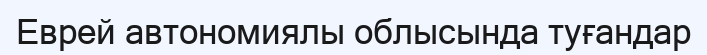
Еврей автономиялы облысында туғандар